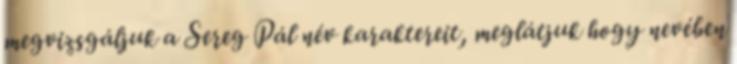
megvizsgáljuk a Sereg Pál név karaktereit, meglátjuk hogy nevében